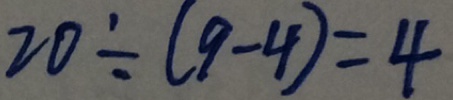
2 0 \div ( 9 - 4 ) = 4